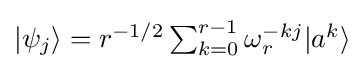
{\textstyle |\psi _{j}\rangle =r^{-1/2}\sum _{k=0}^{r-1}\omega _{r}^{-kj}|a^{k}\rangle }